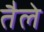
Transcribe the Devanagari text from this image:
तैले